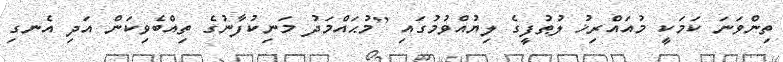
ތިންވަނަ ކަމަކީ މުއައްރިޚު ލުޠުފީގެ ލިޔުއްވުމުގައި [މުޙައްމަދު މަނިކުފާނުގެ ތިއްބެވިކަން އަދި އެނގި